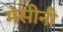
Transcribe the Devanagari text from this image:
मेसीनी